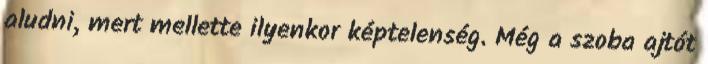
aludni, mert mellette ilyenkor képtelenség. Még a szoba ajtót